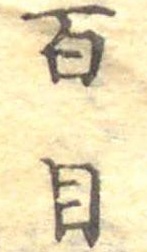
百目